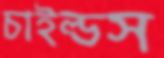
চাইল্ডস